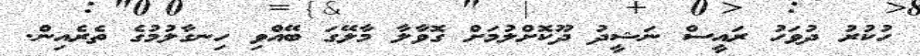
ހުކުރު ދުވަހު ރައީސް ނަޝީދު ދޫކޮށްލުމަށް ގޮވާލާ މާލޭގަ ބޭއްވި ހިނގާލުމުގެ ތެރެއިން.